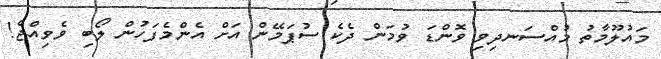
މައުލޫމާތު މުއްސަނދިވި ވޮންޑަ ވުމަން ދެކެ ސުޕަމޭން އަށް އެންމެފަހުން ލޯބި ވެވިއްޖެ!